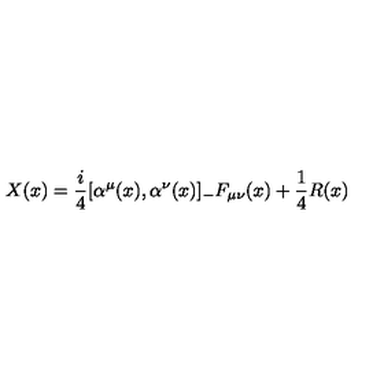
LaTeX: X ( x ) = \frac { i } { 4 } [ \alpha ^ { \mu } ( x ) , \alpha ^ { \nu } ( x ) ] _ { - } F _ { \mu \nu } ( x ) + \frac { 1 } { 4 } R ( x )